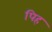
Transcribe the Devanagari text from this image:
पिह